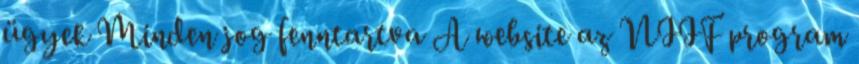
ügyek Minden jog fenntartva A website az NIIF program